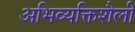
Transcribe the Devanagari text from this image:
अभिव्यक्तिशैली